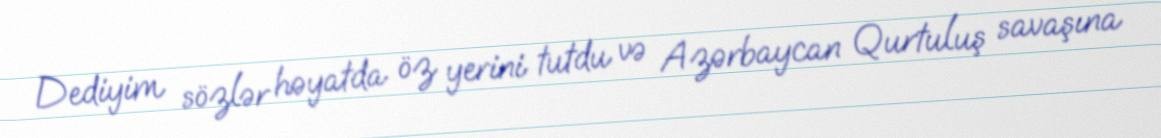
Dediyim sözlər həyatda öz yerini tutdu və Azərbaycan Qurtuluş savaşına